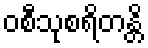
ဝစီသုစရိတန္တိ